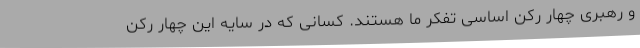
و رهبری چهار رکن اساسی تفکر ما هستند. کسانی که در سایه این چهار رکن